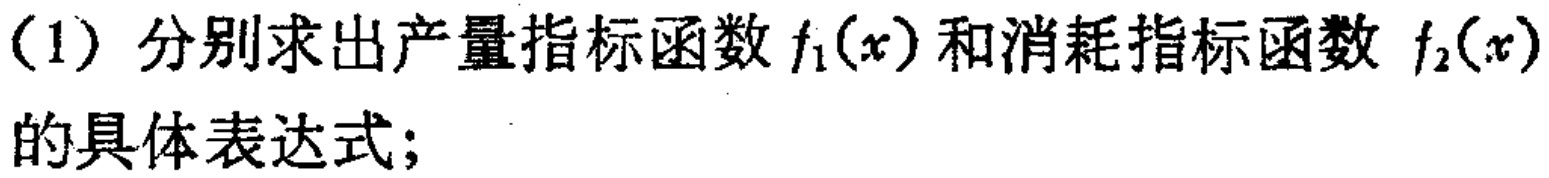
(1) 分别求出产量指标函数 \(f_1(x)\) 和消耗指标函数 \(f_2(x)\) 的具体表达式；